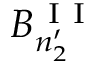
B _ { n _ { 2 } ^ { \prime } } ^ { \mathrm { ~ I ~ I ~ } }